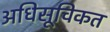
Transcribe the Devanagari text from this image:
अधिसूचिकत